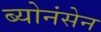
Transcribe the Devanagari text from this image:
ब्योनंसेन